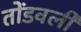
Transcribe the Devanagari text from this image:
तोंडवली